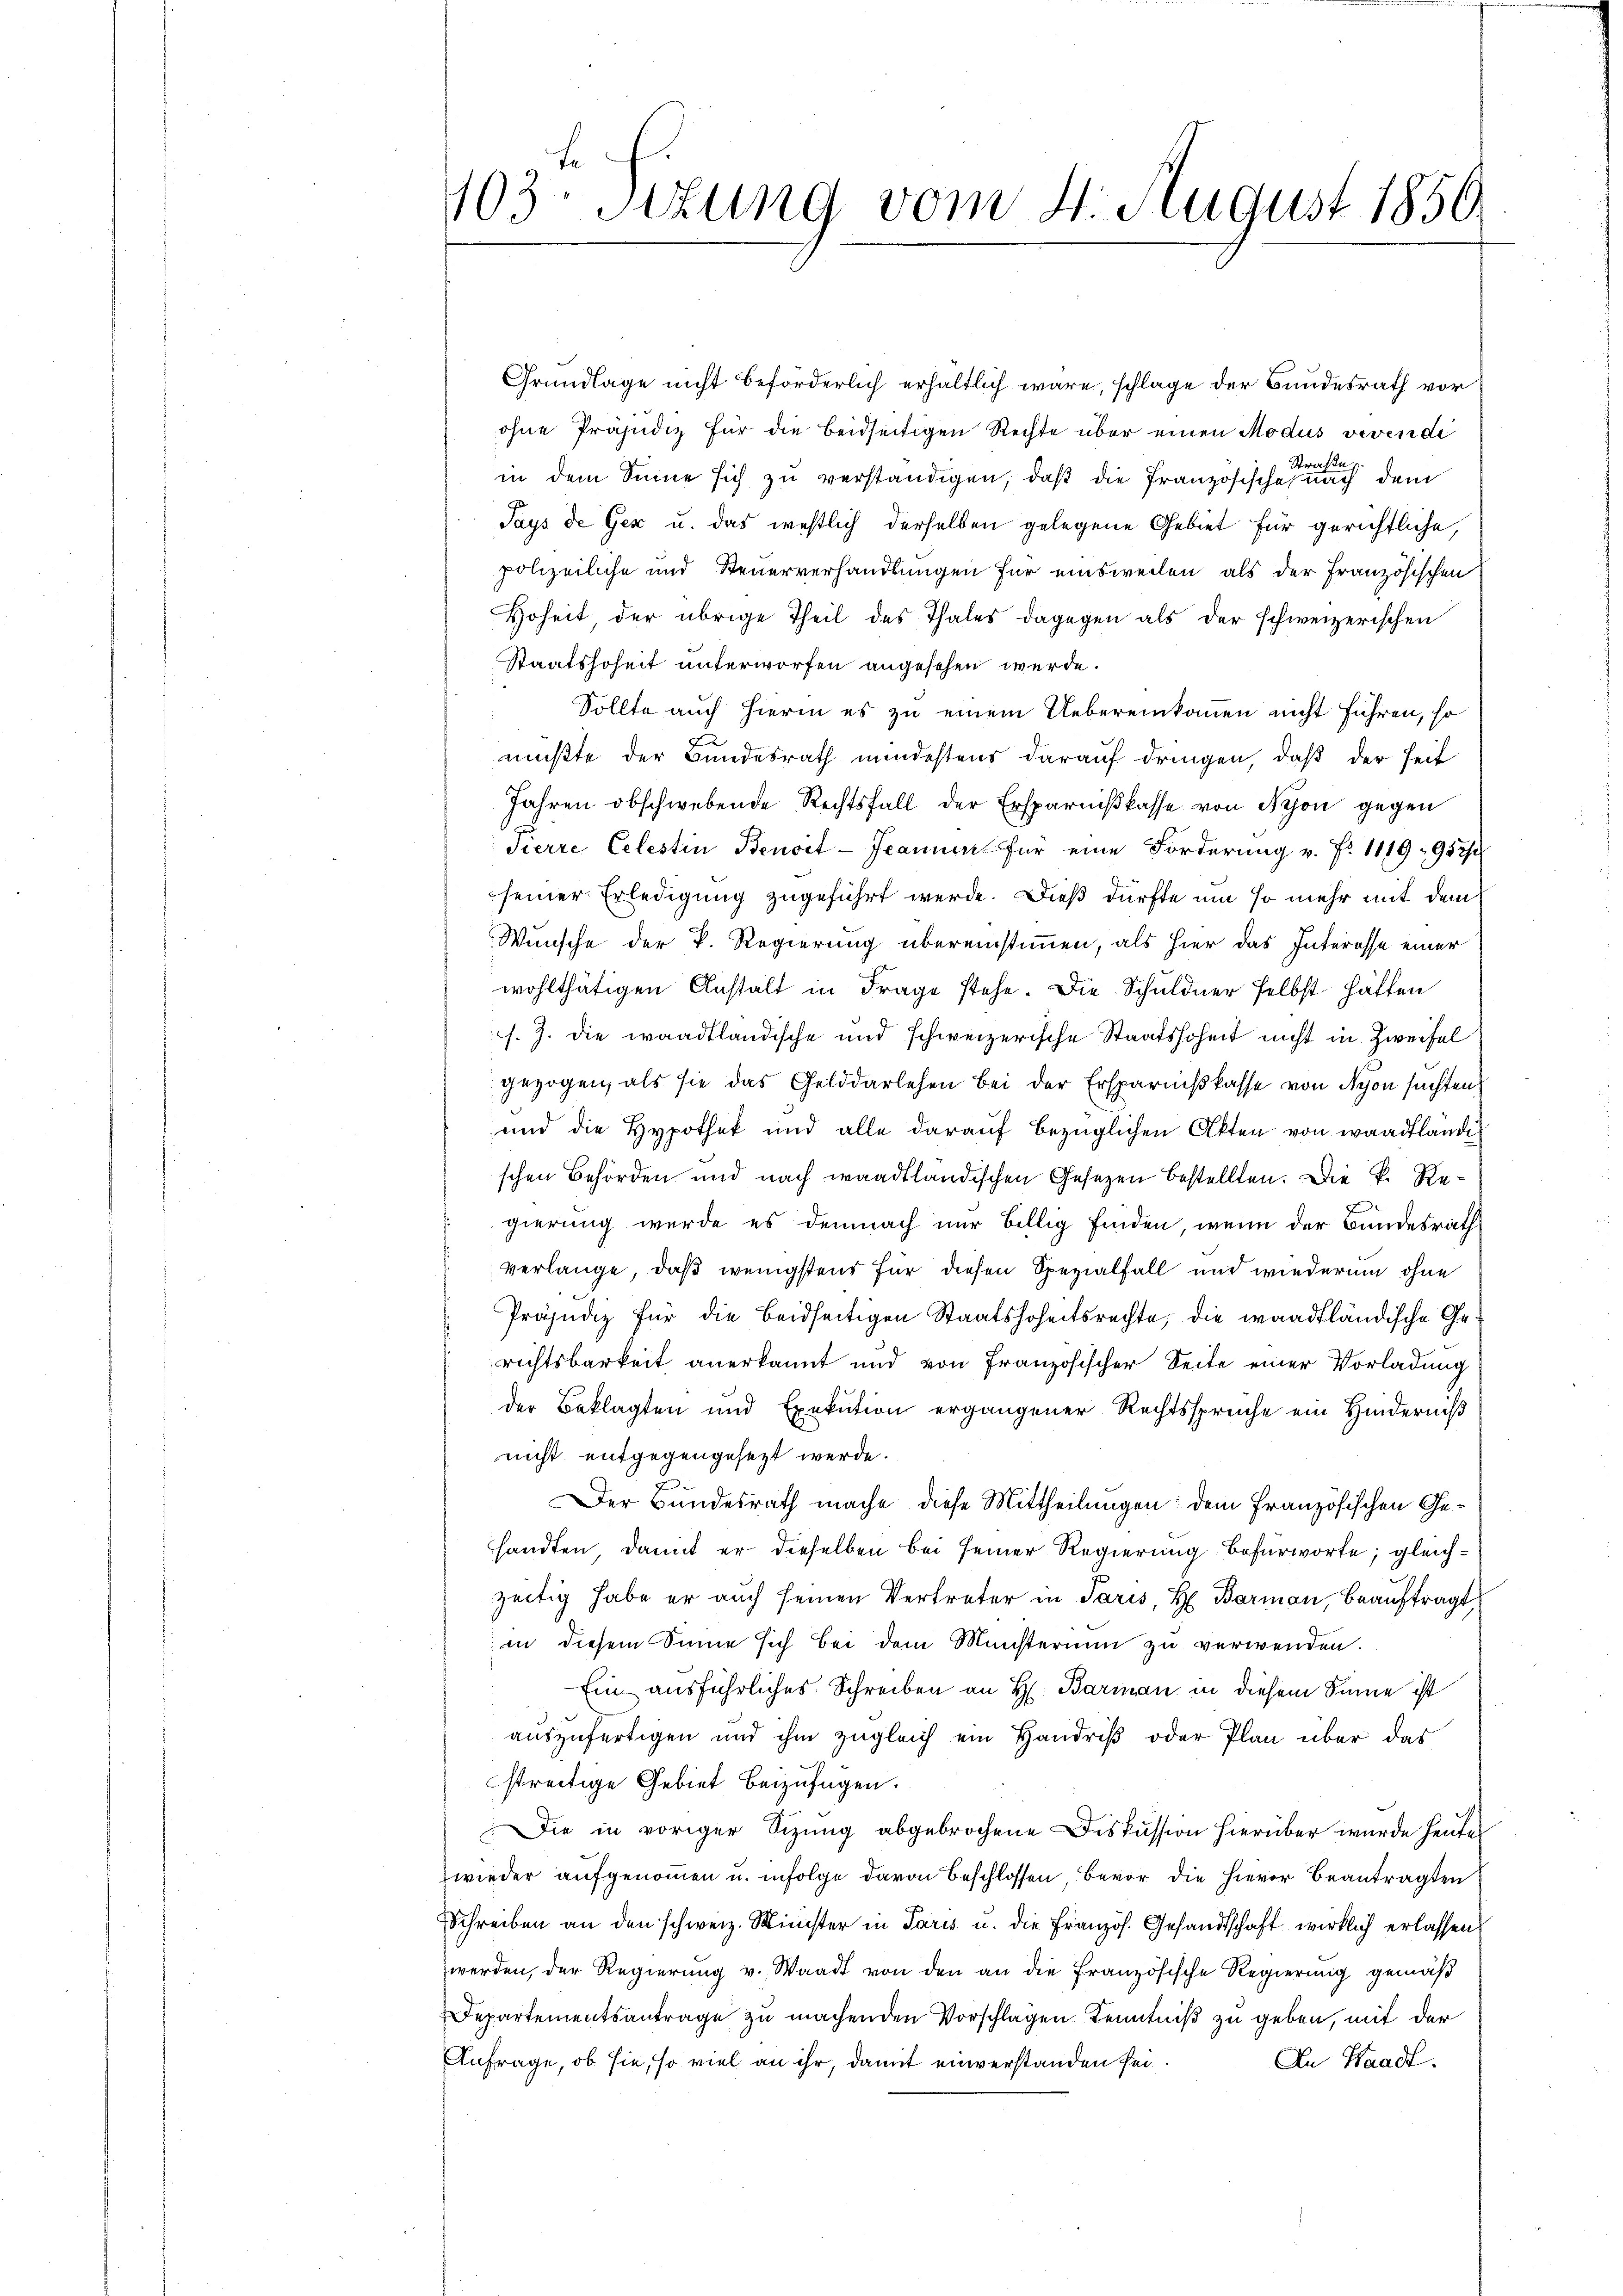
Grundlage nicht beförderlich erhaltlich wäre, schlage der Bundesrath vor
ohne Präjudiz für die beidseitigen Rechte über einen Modus viven di
Straßen
in dem Sinne sich zu verständigen, daß die Französische nach dem
Pays de Gex u. das westlich derselben gelegene Gebiet für gerichtliche,
polizeiliche und Steuerverhandlungen für einsweilen, als der Französischen
Hoheit der übrige Theil des Thales dagegen als der schweizerischen
Staatssoheit unterworfen angesehen werde.
Sollte auch hierin es zu einem Uebereinkommen nicht führen, so
mußte der Bundesrath mindestens darauf dringen, daß der Zeit
Jahren obschwebende Rechtsfall der Ersparnißkasse von Nyon gegen
Pierre Celestin Benoit-Jeann für eine Forderung v. Fr. 1119952/
seiner Erledigung zugeführt werde. Dieß dürfte um so mehr mit dem
Wunsche der P. Regierung übereinstimmen, als hier das Interesse einer
wohlthätigen Anstalt in Frage stehe. Die Schuldner selbst hätten
s. Z. die waadtländische und schweizerische Staatshoheit nicht in Zweifel
gezogen, als sie das Gelddarlehen bei der Ersparnißkasse von Nyon suchten
und die Hypothek und alle darauf bezüglichen Akten von waadtländischen Behörden und nach waadtländischen Gesetzen bestellten. Die k. Regierung werde es demnach nur billig finden, wenn der Bundesrath
verlange, daß wenigstens für diesen Spezialfall und wiederum ohne
Präjudiz für die beidseitigen Staatshoheitsrechte, die waadtländische Gerichtsbarkeit anerkannt und von Französischer Seite einer Vorladung
der Beklagten und Exekution ergangener Rechtsspruche ein Hinderniß
nicht entgegengesezt werde.
Der Bundesrath mache diese Mittheilungen: dem Französischen Gesandten, damit er dieselben bei seiner Regierung befürworte; gleichzeitig habe er auch seinen Vertreter in Paris, H. Barman, beauftragt,
in diesem Sinne sich bei dem Ministerium zu verwenden.
Ein ausführliches Schreiben an H. Barman in diesem Sinne ist
auszufertigen und ihm zugleich ein Handriß oder Plan über das
streitige Gebiet beizufügen.
Die in voriger Sizung abgebrochene Diskussion hierüber wurde heute
wieder aufgenommen u. infolge davon Beschlossen bevor die hievor beantragten
Schreiben an den schweiz. Minister in Paris u. die Französ. Gesandtschaft wirklich erlassen
werden, der Regierung v. Waadt von den an die Französische Regierung gemäß
Departementsantrage zu machenden Vorschlagen Kenntniß zu geben, mit der
Anfrage, ob sie, so viel an ihr, damit einverstanden sei.
An Waadt.

103. Situng vom 4. August 1850.